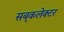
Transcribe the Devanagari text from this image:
सब्‌कलेक्टर